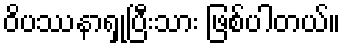
ဝိပဿနာရှုပြီးသား ဖြစ်ပါတယ်။